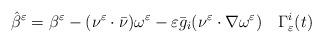
LaTeX: \begin{align*} \hat{\beta}^\varepsilon=\beta^\varepsilon-(\nu^\varepsilon\cdot\bar{\nu})\omega^\varepsilon-\varepsilon\bar{g}_i(\nu^\varepsilon\cdot\nabla\omega^\varepsilon) \quad\Gamma_\varepsilon^i(t) \end{align*}